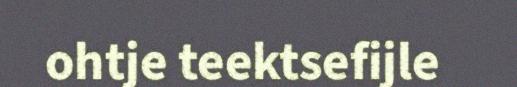
ohtje teektsefijle